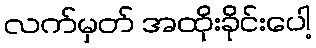
လက်မှတ် အထိုးခိုင်းပေါ့